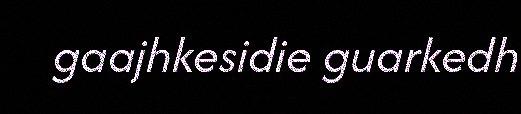
gaajhkesidie guarkedh